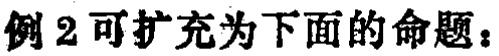
例2可扩充为下面的命题：